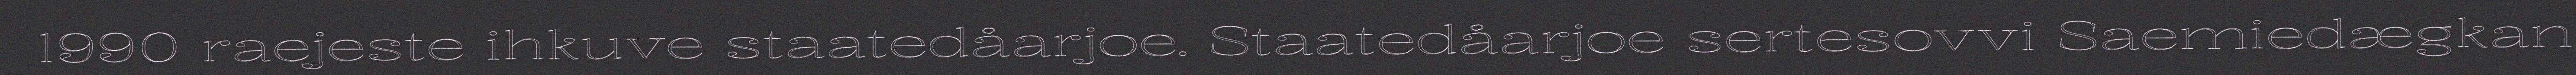
1990 raejeste ihkuve staatedåarjoe. Staatedåarjoe sertesovvi Saemiedægkan